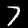
Label: 7